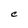
Character: C